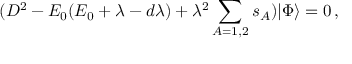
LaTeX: ( { \cal D } ^ { 2 } - E _ { 0 } ( E _ { 0 } + \lambda - d \lambda ) + \lambda ^ { 2 } \sum _ { A = 1 , 2 } s _ { A } ) | \Phi \rangle = 0 \, ,